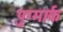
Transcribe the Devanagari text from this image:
पुग्मार्क